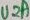
Text: U2A